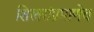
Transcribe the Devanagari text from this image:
शिखरांप्रमाणेच